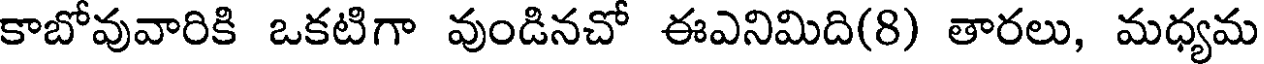
కాబోవువారికి ఒకటిగా వుండినచో ఈఎనిమిది(8) తారలు, మధ్యమ